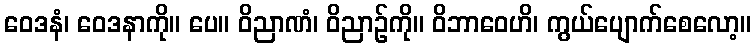
ဝေဒနံ၊ ဝေဒနာကို။ ပေ။ ဝိညာဏံ၊ ဝိညာဉ်ကို။ ဝိဘာဝေဟိ၊ ကွယ်ပျောက်စေလော့။